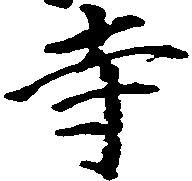
寺